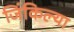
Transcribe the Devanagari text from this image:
जिंकिल्या